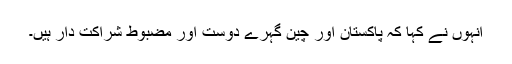
انہوں نے کہا کہ پاکستان اور چین گہرے دوست اور مضبوط شراکت دار ہیں۔